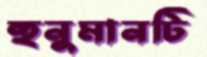
হুনুমানটি